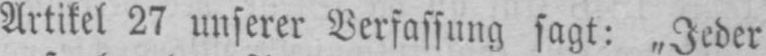
Artikel 27 unserer Verfassung sagt: „Jeder